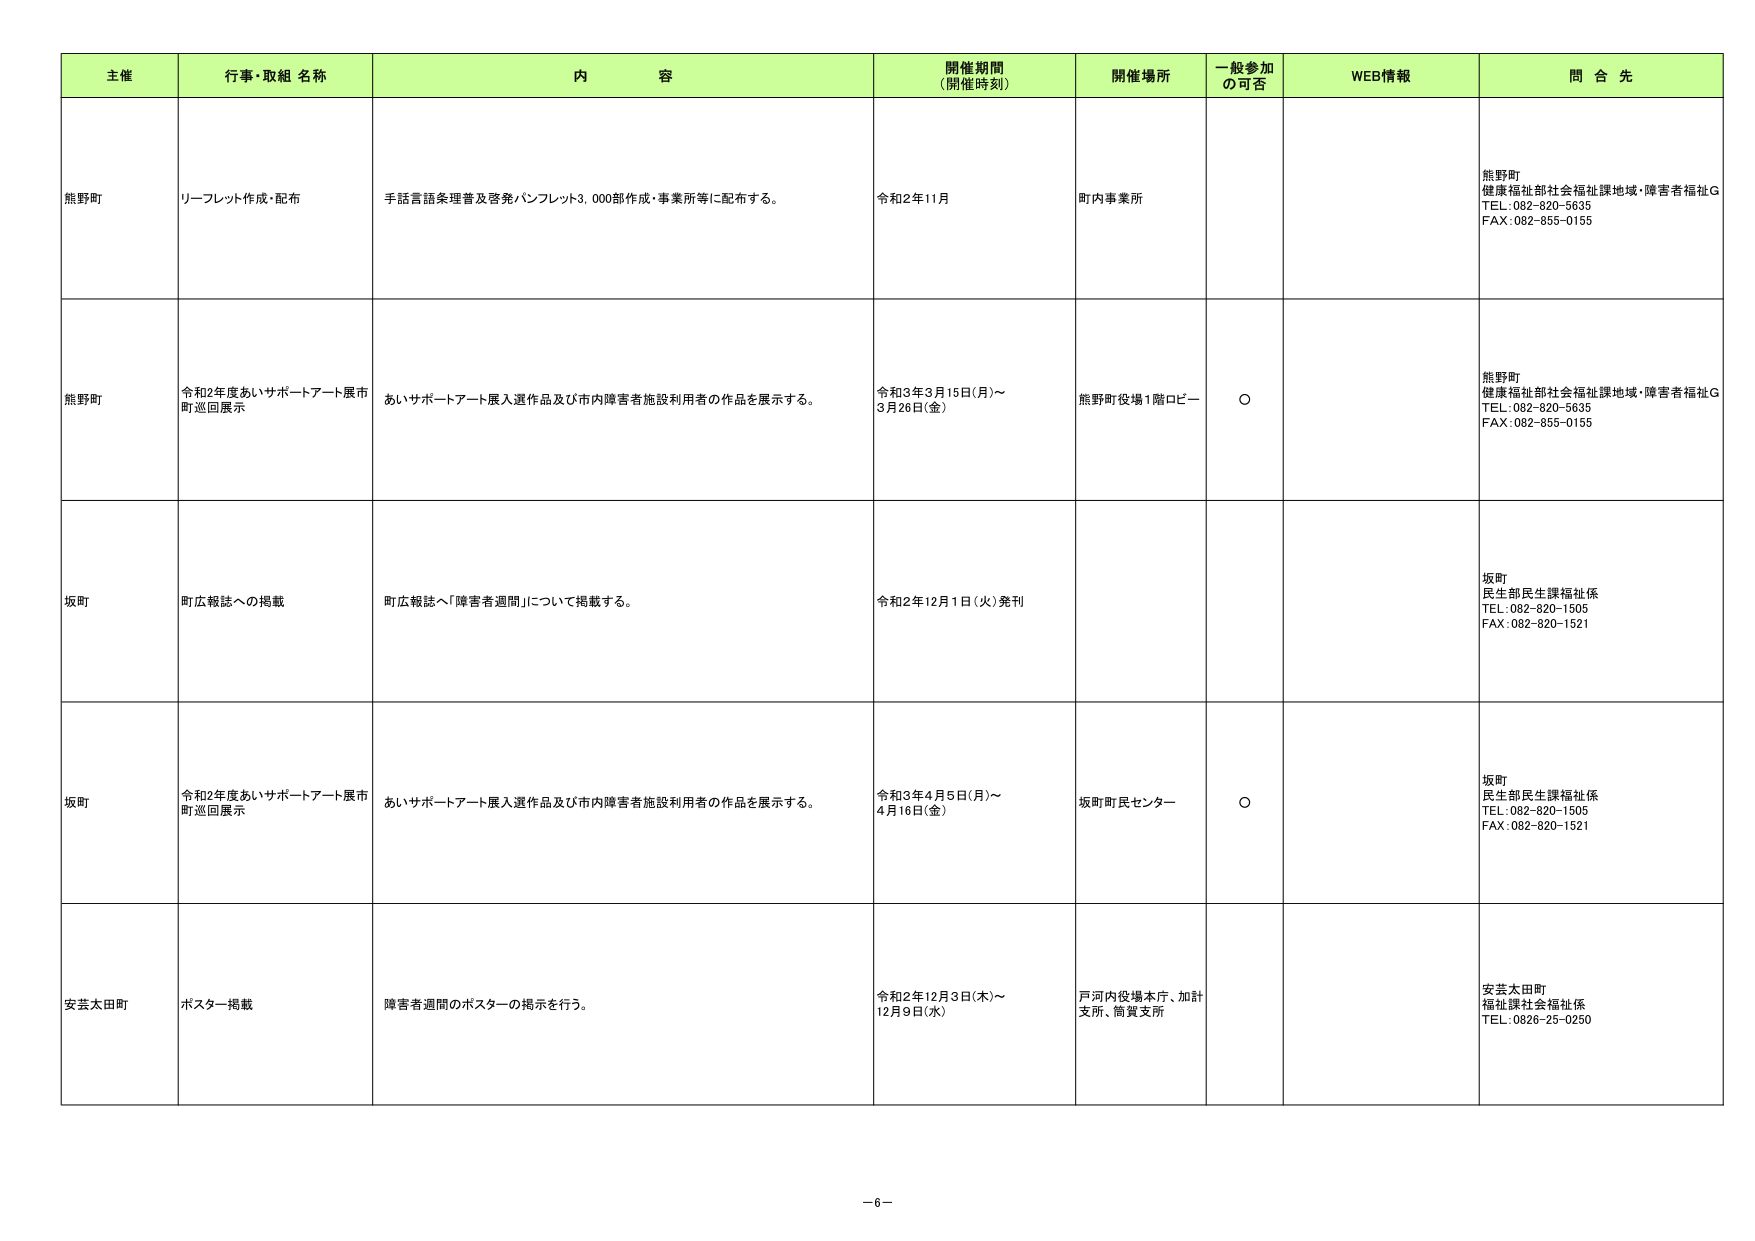
主催 行事・取組 名称 内 容 開催期間 (開催時刻) 開催場所 一般参加 の可否 WEB情報 問 合 先
熊野町 リーフレット作成・配布 手話言語条理普及啓発パンフレット3,000部作成・事業所等に配布する。 令和2年11月 町内事業所 熊野町 健康福祉部社会福祉課地域・障害者福祉G TEL:082-820-5635 FAX:082-855-0155
熊野町 令和2年度あいサポートアート展市 町巡回展示 あいサポートアート展入選作品及び市内障害者施設利用者の作品を展示する。 令和3年3月15日(月)～ 3月26日(金) 熊野町役場1階ロビー ○ 熊野町 健康福祉部社会福祉課地域・障害者福祉G TEL:082-820-5635 FAX:082-855-0155
坂町 町広報誌への掲載 町広報誌へ「障害者週間」について掲載する。 令和2年12月1日(火)発刊 坂町 民生部民生課福祉係 TEL:082-820-1505 FAX:082-820-1521
坂町 令和2年度あいサポートアート展市 町巡回展示 あいサポートアート展入選作品及び市内障害者施設利用者の作品を展示する。 令和3年4月5日(月)～ 4月16日(金) 坂町町民センター ○ 坂町 民生部民生課福祉係 TEL:082-820-1505 FAX:082-820-1521
安芸太田町 ポスター掲載 障害者週間のポスターの掲示を行う。 令和2年12月3日(木)～ 12月9日(水) 戸河内役場本庁、加計 支所、筒賀支所 安芸太田町 福祉課社会福祉係 TEL:0826-25-0250
－6－